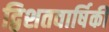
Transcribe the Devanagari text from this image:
द्विशतवार्षिकी